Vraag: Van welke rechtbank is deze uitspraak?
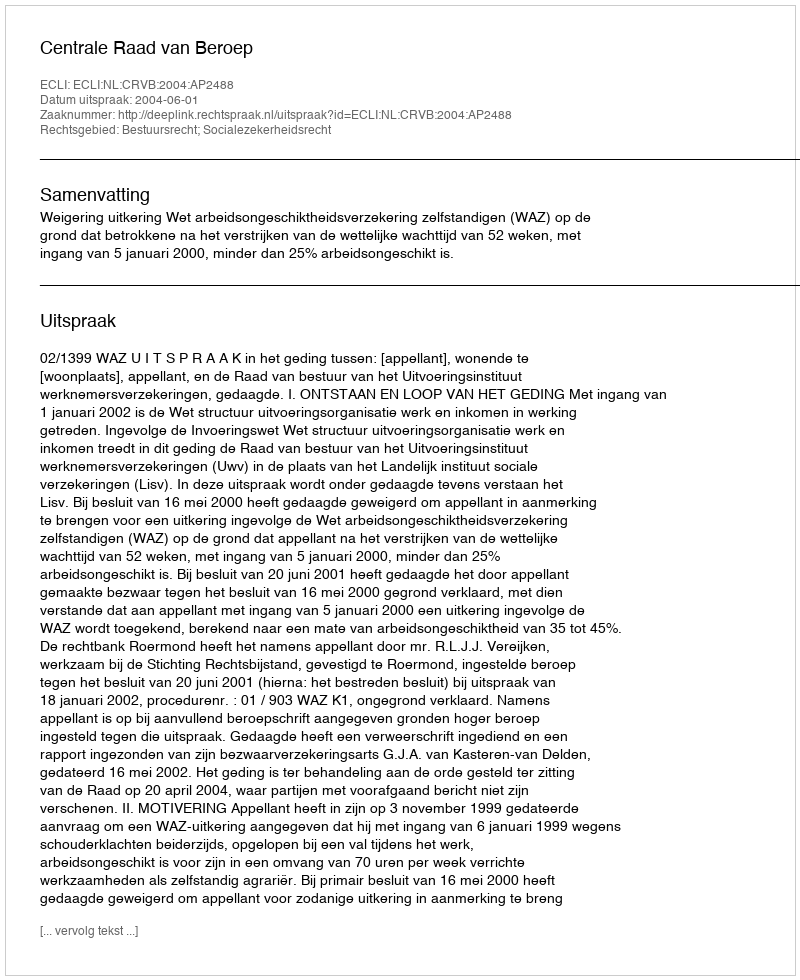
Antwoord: Centrale Raad van Beroep